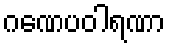
ဂဏေပဝါရဏာ